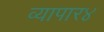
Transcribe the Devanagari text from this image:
व्यापार४